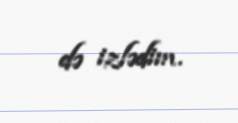
də izlədim.